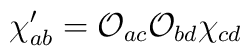
\chi'_{ab}=\mathcal{O}_{ac}\mathcal{O}_{bd}\chi_{cd}